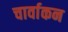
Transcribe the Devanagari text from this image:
चार्वाकन